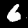
Label: 6